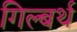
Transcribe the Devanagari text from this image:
गिल्बर्थ